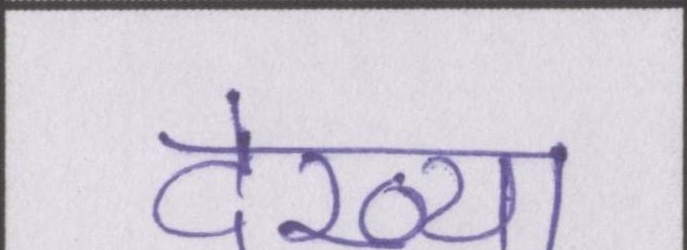
देख्या